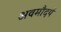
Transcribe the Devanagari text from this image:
अवमौदर्य